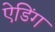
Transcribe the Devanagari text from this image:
ऐडिंग